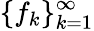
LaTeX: \{ f_{k}\} _{k=1}^{\infty}